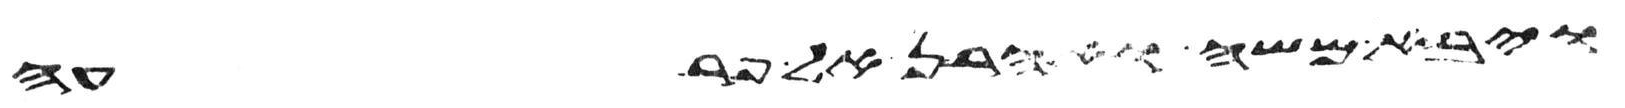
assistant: ויבא משה ואהרן אל פרעה